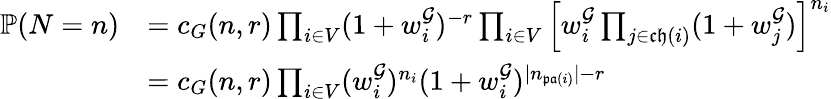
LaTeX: \begin{array}{rl}{\mathbb{P}(N=n)}&{=c_{G}(n,r)\prod_{i\in V}(1+w_{i}^{\mathcal{G}})^{-r}\prod_{i\in V}\left[w_{i}^{\mathcal{G}}\prod_{j\in\mathfrak{ch}(i)}(1+w_{j}^{\mathcal{G}})\right]^{n_{i}}}\\ &{=c_{G}(n,r)\prod_{i\in V}(w_{i}^{\mathcal{G}})^{n_{i}}(1+w_{i}^{\mathcal{G}})^{|n_{\mathfrak{pa}(i)}|-r}}\end{array}